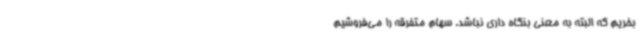
بخریم که البته به معنی بنگاه داری نباشد. سهام متفرقه را می‌فروشیم